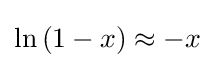
{\textstyle \ln {\left(1-x\right)}\approx -x}